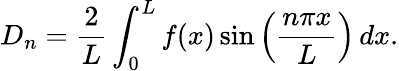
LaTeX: D_{n}={\frac{2}{L}}\int_{0}^{L}f(x)\sin\left({\frac{n\pi x}{L}}\right)\, dx.